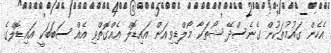
އެހެން ގައުމުތަކުން ގެނެސްދޭ ޝޯތަކާ މޯލްޑިވިއަން އައިޑޮލް އެއްގޮތްވި އެއް ސަބަބަކީ އައިޑޮލްގެ